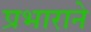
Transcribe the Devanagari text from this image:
प्रभाराने